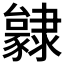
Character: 𨾃